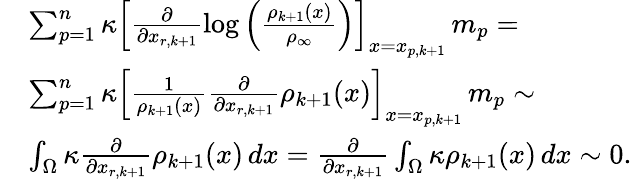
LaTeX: \begin{array}{rl}&{\sum_{p=1}^{n}\kappa\Big[\frac{\partial}{\partial x_{r,k+1}}\log\Big(\frac{\rho_{k+1}(x)}{\rho_{\infty}}\Big)\Big]_{x=x_{p,k+1}}\, m_{p}=}\\ &{\sum_{p=1}^{n}\kappa\Big[\frac{1}{\rho_{k+1}(x)}\frac{\partial}{\partial x_{r,k+1}}\rho_{k+1}(x)\Big]_{x=x_{p,k+1}}\, m_{p}\sim}\\ &{\int_{\Omega}\kappa\frac{\partial}{\partial x_{r,k+1}}\rho_{k+1}(x)\, dx=\frac{\partial}{\partial x_{r,k+1}}\int_{\Omega}\kappa\rho_{k+1}(x)\, dx\sim 0.}\end{array}